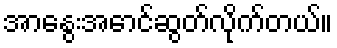
အာနွေးအောင်ဆွတ်လိုက်တယ်။